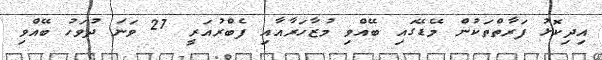
އިދިކޮޅު ފަރާތްތަކުން މޭޑޭގައި ބޭއްވި މުޒާހަރާއާއި ފެބްރުއަރީ 27 ވަނަ ދުވަހު ބޭއްވި